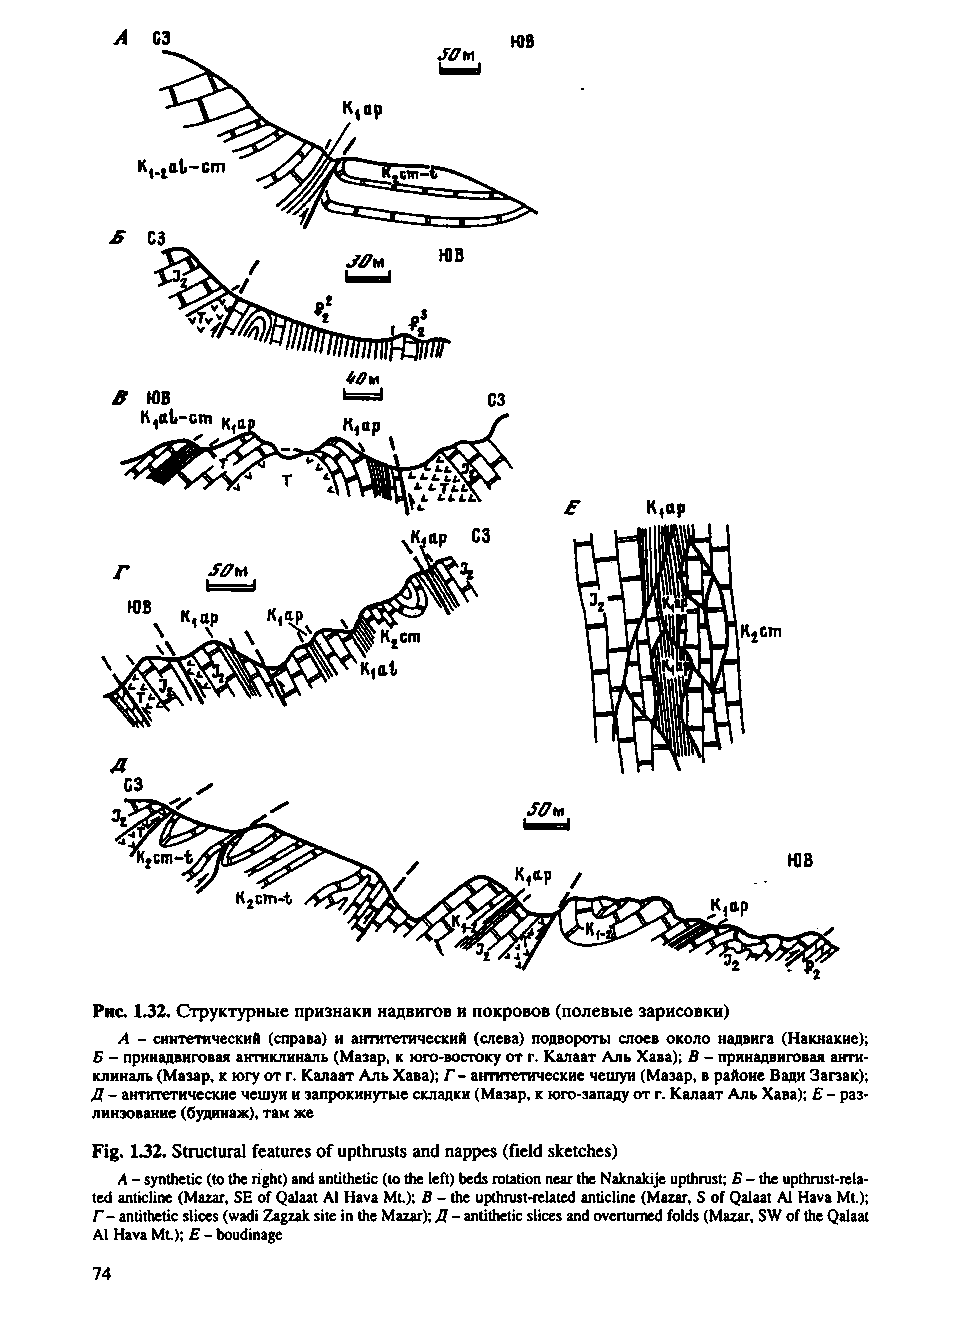
Рис. 1.32. Структурные признаки надвигов и покровов (полевые зарисовки)
 А - синтетический (справа) и антитетический (слева) подвороты слоев около надвига (Накнакие);
 Б - принадвиговая антиклиналь (Мазар, к юго-востоку от г. Калаат Аль Хава); В - принадвиговая анти­
 клиналь (Мазар, к югу от г. Калаат Аль Хава); Г - антитетические чешуи (Мазар, в районе Вади Загзак);
 Д - антитетические чешуи и запрокинутые складки (Мазар, к юго-западу от г. Калаат Аль Хава); Е - раз-
 линзование (будинаж), там же
 Fig. 132. Structural features of upthrusts and nappes (field sketches)
 A - synthetic (to the right) and antithetic (to the left) beds rotation near the Naknakije upthrust; £ - the upthrust-rela­
 ted anticline (Mazar, SE of Qalaat A1 Hava Mt); В - the upthrust-related anticline (Mazar, S of Qalaat A1 Hava Mt.);
 Г - antithetic slices (wadi Zagzak site in the Mazar); Д - antithetic slices and overturned folds (Mazar, SW of the Qalaat
 A1 Hava Mt.); E - boudinage
 74